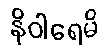
နိဝါရေမိ